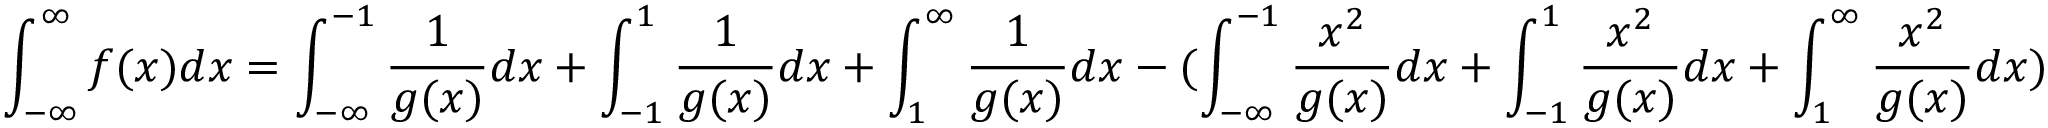
\int _ { - \infty } ^ { \infty } f ( x ) d x = \int _ { - \infty } ^ { - 1 } \frac 1 { g ( x ) } d x + \int _ { - 1 } ^ { 1 } \frac 1 { g ( x ) } d x + \int _ { 1 } ^ { \infty } \frac 1 { g ( x ) } d x - ( \int _ { - \infty } ^ { - 1 } \frac { x ^ { 2 } } { g ( x ) } d x + \int _ { - 1 } ^ { 1 } \frac { x ^ { 2 } } { g ( x ) } d x + \int _ { 1 } ^ { \infty } \frac { x ^ { 2 } } { g ( x ) } d x )